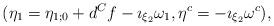
LaTeX: \begin{align*} (\eta_1 = \eta_{1;0} + d^Cf - \imath_{\xi_2} \omega_1, \eta^c = -\imath_{\xi_2} \omega^c), \end{align*}